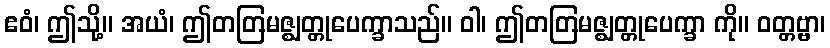
ဧဝံ၊ ဤသို့။ အယံ၊ ဤတတြမဇ္ဈတ္တုပေက္ခာသည်။ ဝါ၊ ဤတတြမဇ္ဈတ္တုပေက္ခာ ကို။ ဝတ္တဗ္ဗာ၊